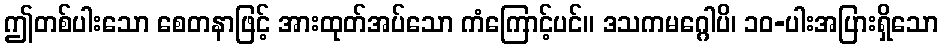
ဤတစ်ပါးသော စေတနာဖြင့် အားထုတ်အပ်သော ကံကြောင့်ပင်။ ဒသကမဂ္ဂေါပိ၊ ၁၀-ပါးအပြားရှိသော